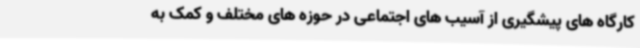
کارگاه های پیشگیری از آسیب های اجتماعی در حوزه های مختلف و کمک به